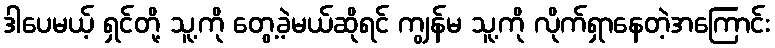
ဒါပေမယ့် ရှင်တို့ သူ့ကို တွေ့ခဲ့မယ်ဆိုရင် ကျွန်မ သူ့ကို လိုက်ရှာနေတဲ့အကြောင်း